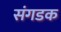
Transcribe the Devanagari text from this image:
संगडक